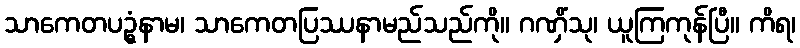
သာကေတပဥ္ဓံနာမ၊ သာကေတပြဿနာမည်သည်ကို။ ဂဏှိံသု၊ ယူကြကုန်ပြီ။ ကိရ၊